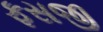
ફસજી